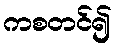
ကစတင်၍